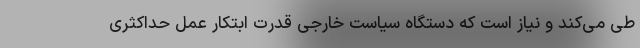
طی می‌کند و نیاز است که دستگاه سیاست خارجی قدرت ابتکار عمل حداکثری